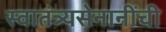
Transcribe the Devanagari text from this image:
स्वातंत्र्यसेनानींची